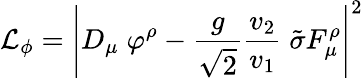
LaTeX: {\cal L}_{\phi}=\left|D_{\mu}\; \varphi^{\rho}-\frac{g}{\sqrt{2}}\frac{v_{2}}{v_{1}}\; \tilde{\sigma}F_{\mu}^{\rho}\right|^{2}